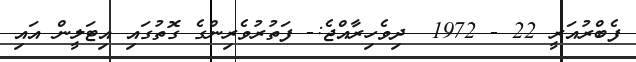
ފެބްރުއަރީ 22 - 1972  ދިވެހިރާއްޖެ:- ފަތުރުވެރިންގެ ގޮތުގައި އިޓަލީން އައި